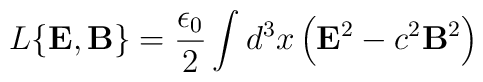
L \{ {\bf E}, {\bf B} \}  =      \frac{\epsilon_{0}}{2} \int d^{3}x \left( {\bf E}^{2} - c^{2}{\bf B}^{2} \right)